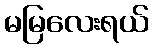
မမြလေးရယ်